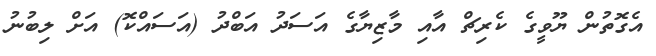
އެގޮތުން ޔޫވީގެ ކެރިޗް އާއި މާޒިޔާގެ އަސަދު އަބްދު (އަސައްކޮ) އަށް ލިބުނު